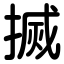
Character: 搣